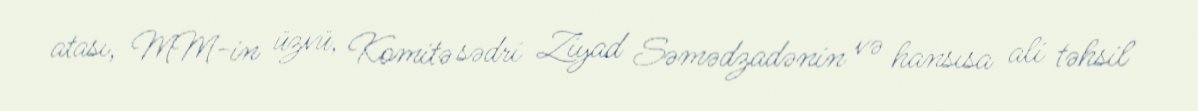
atası, MM-in üzvü, Komitə sədri Ziyad Səmədzadənin və hansısa ali təhsil